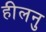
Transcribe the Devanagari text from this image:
हीलनु